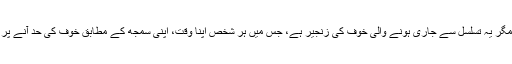
صاحبان، معذرت مگر یہ تسلسل سے جاری ہونے والی خوف کی زنجیر ہے، جس میں ہر شخص اپنا وقت، اپنی سمجھ کے مطابق خوف کی حد آنے پر بندھا چلا جاتا ہے۔